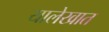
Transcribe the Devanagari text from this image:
यालेखात